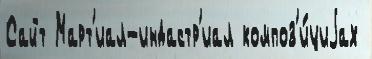
Сайт Март'иал-индастр'иал композ'и́циjах